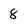
Character: 8